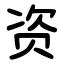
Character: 资